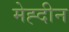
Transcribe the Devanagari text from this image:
मेह्दीन